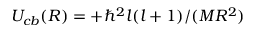
U _ { c b } ( R ) = + \hbar ^ { 2 } l ( l + 1 ) / ( M R ^ { 2 } )